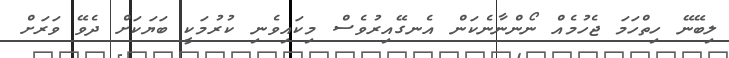
ލިބޭނޭ ހިތްހަމަ ޖެހުމެއް ނޯންނާނެކަން އެނގޭއިރުވެސް މިކައިވެނި ކުރުމަކީ ބަޔަކަށް ދެވޭ ވަރަށް